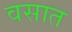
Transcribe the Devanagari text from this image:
वसात